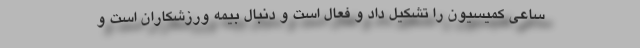
ساعی کمیسیون را تشکیل داد و فعال است و دنبال بیمه ورزشکاران است و